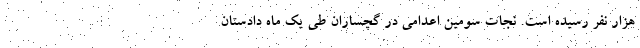
هزار نفر رسیده است. نجات سومین اعدامی در گچساران طی یک ماه دادستان